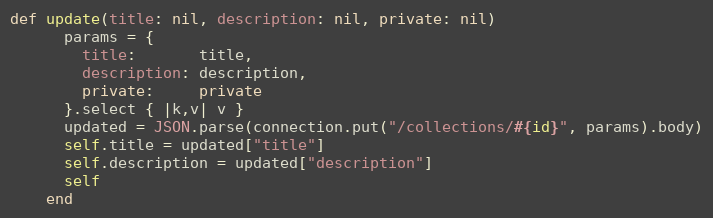
Language: Ruby
def update(title: nil, description: nil, private: nil)
      params = {
        title:       title,
        description: description,
        private:     private
      }.select { |k,v| v }
      updated = JSON.parse(connection.put("/collections/#{id}", params).body)
      self.title = updated["title"]
      self.description = updated["description"]
      self
    end